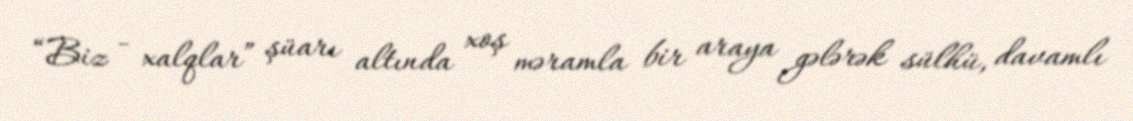
“Biz - xalqlar” şüarı altında xoş məramla bir araya gələrək sülhü, davamlı